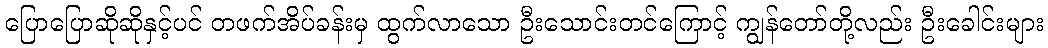
ပြောပြောဆိုဆိုနှင့်ပင် တဖက်အိပ်ခန်းမှ ထွက်လာသော ဦးသောင်းတင်ကြောင့် ကျွန်တော်တို့လည်း ဦးခေါင်းများ